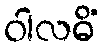
ဝါလဓိံ